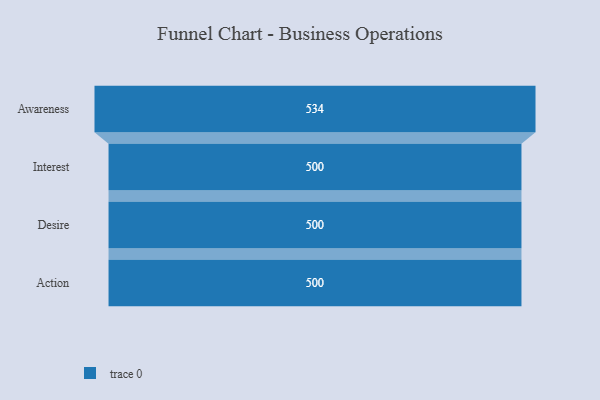
{"axis": {"x": "Stage", "y": "Value"}, "legend": [""], "data": [{"x": "Awareness", "y": 534.0, "type": ""}, {"x": "Interest", "y": 500, "type": ""}, {"x": "Desire", "y": 500, "type": ""}, {"x": "Action", "y": 500, "type": ""}]}